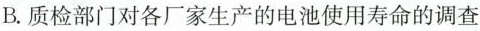
B.质检部门对各厂家生产的电池使用寿命的调查